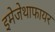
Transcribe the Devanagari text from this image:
इमेजेथाफायर